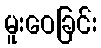
မူးဝေခြင်း